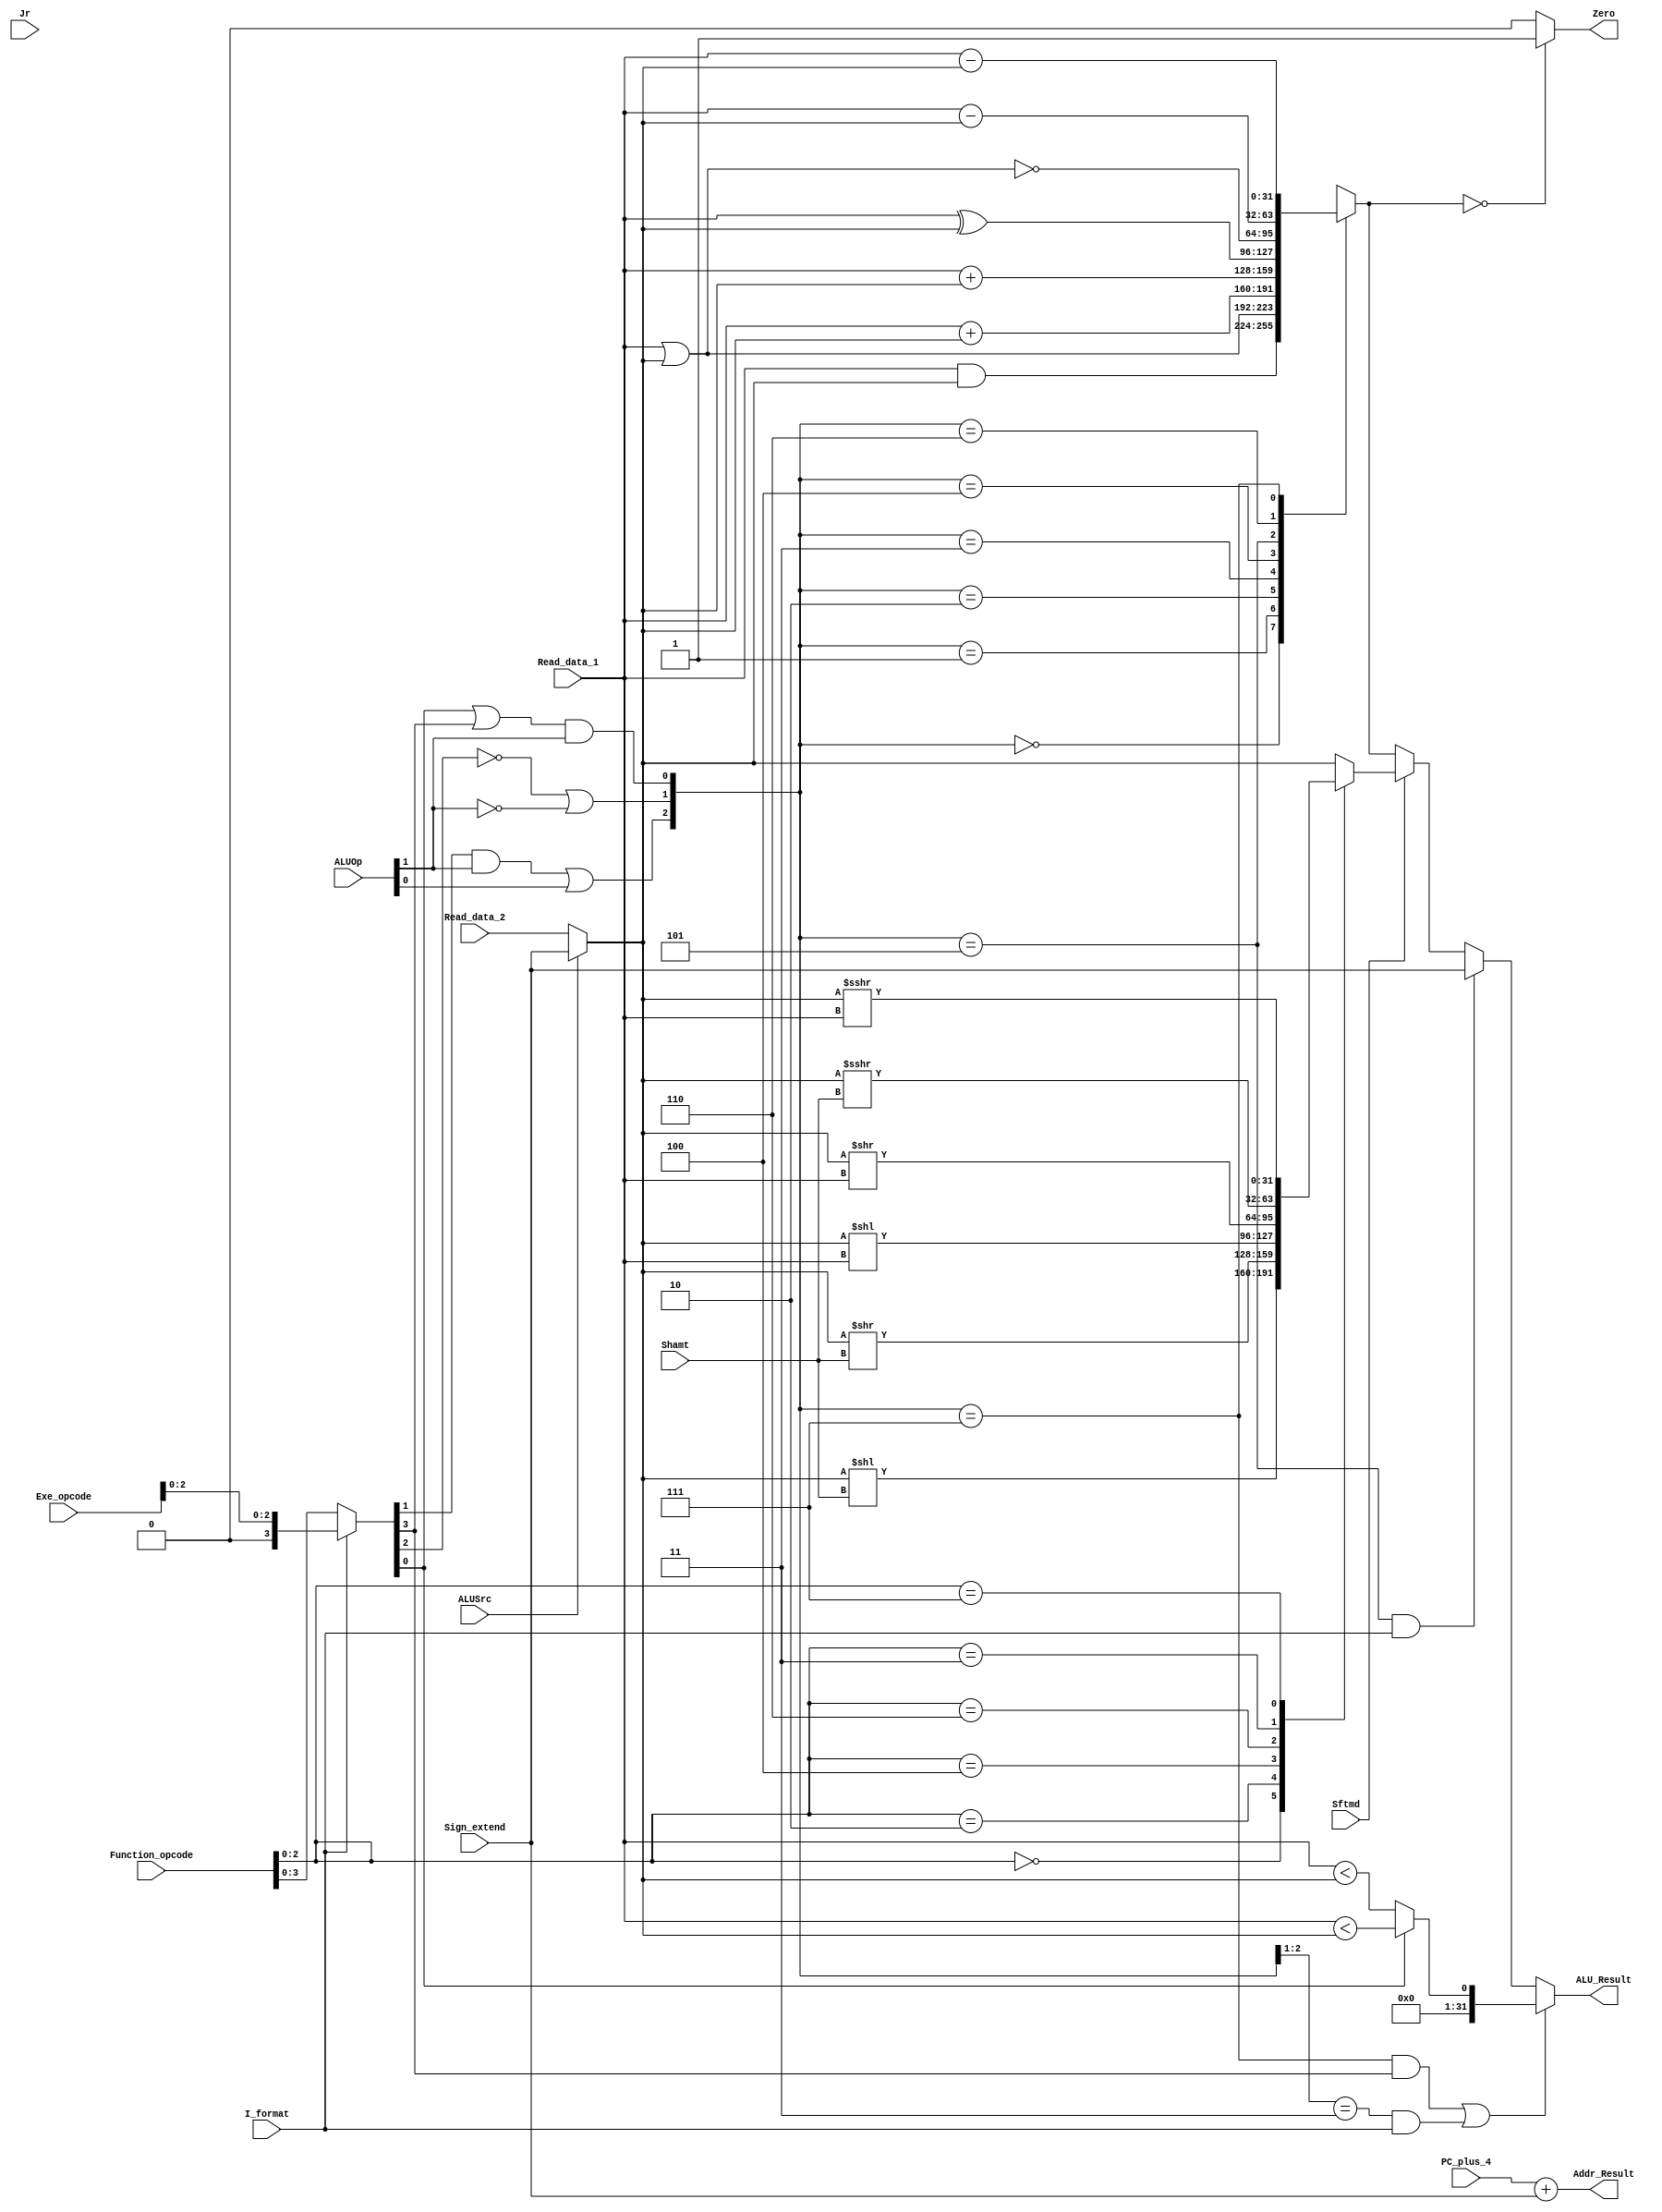
`timescale 1ns / 1ps

module executs32(Read_data_1,Read_data_2,Sign_extend,Function_opcode,Exe_opcode,ALUOp,
                 Shamt,ALUSrc,I_format,Zero,Jr,Sftmd,ALU_Result,Addr_Result,PC_plus_4
                 );
    input[31:0]  Read_data_1;		// Read_data_1
    input[31:0]  Read_data_2;		// Read_data_2
    input[31:0]  Sign_extend;		// 
    input[5:0]   Function_opcode;  	// r-,r-form instructions[5:0]
    input[5:0]   Exe_opcode;  		// 
    input[1:0]   ALUOp;             // 
    input[4:0]   Shamt;             // instruction[10:6]
    input  		 Sftmd;            // 
    input        ALUSrc;            // beqbne
    input        I_format;          // beq, bne, LW, SWI-
    input        Jr;               // JR
    output       Zero;              // 10 
    output[31:0] ALU_Result;        // 
    output[31:0] Addr_Result;		//         
    input[31:0]  PC_plus_4;         // PC+4

    wire[31:0] Ainput, Binput;
    wire[3:0] Exe_code;
    wire[2:0] ALU_ctl;
    wire[2:0] Sftm;
    reg[31:0] Shift_Result;
    reg[31:0] ALU_output_mux;
    wire[32:0] Branch_Addr;
    reg[31:0] ALU_FinalResult;

    assign Zero = (ALU_output_mux == 32'h0000_0000) ? 1'b1 : 1'b0;
    assign ALU_Result = ALU_FinalResult;
    assign Addr_Result = Branch_Addr[31:0];

    // assign Branch_Addr = PC_plus_4 + (Sign_extend << 2);
    //  beq,bne  decode 
    assign Branch_Addr = PC_plus_4 + Sign_extend;

    assign Ainput = Read_data_1;
    assign Binput = ALUSrc ? Sign_extend : Read_data_2;

    assign Exe_code = I_format ? {1'b0, Exe_opcode[2:0]}: Function_opcode[3:0];
    assign ALU_ctl[0] = (Exe_code[0] | Exe_code[3]) & ALUOp[1];
    assign ALU_ctl[1] = ((!Exe_code[2]) | (!ALUOp[1]));
    assign ALU_ctl[2] = (Exe_code[1] & ALUOp[1]) | ALUOp[0];

    assign Sftm = Function_opcode[2:0];

    always @(ALU_ctl or Ainput or Binput) begin
        case (ALU_ctl)
            3'b000: ALU_output_mux = Ainput & Binput;
            3'b001: ALU_output_mux = Ainput | Binput;
            3'b010: ALU_output_mux = $signed(Ainput) + $signed(Binput);
            3'b011: ALU_output_mux = Ainput + Binput;
            3'b100: ALU_output_mux = Ainput ^ Binput;
            3'b101: ALU_output_mux = ~(Ainput | Binput);
            3'b110: ALU_output_mux = $signed(Ainput) - $signed(Binput);
            3'b111: ALU_output_mux = Ainput - Binput;
            default: ALU_output_mux = 32'h0000_0000;
        endcase
    end

    always @(*) begin
        if (Sftmd) begin
            case(Sftm)
                3'b000: Shift_Result = Binput << Shamt;                    //Sll rd,rt,shamt 00000
                3'b010: Shift_Result = Binput >> Shamt;                    //Srl rd,rt,shamt 00010
                3'b100: Shift_Result = Binput << Ainput;                   //Sllv rd,rt,rs 00010
                3'b110: Shift_Result = Binput >> Ainput;                   //Srlv rd,rt,rs 00110
                3'b011: Shift_Result = $signed(Binput) >>> Shamt;          //Sra rd,rt,shamt 00011
                3'b111: Shift_Result = $signed(Binput) >>> Ainput;         //Srav rd,rt,rs 00111
                default: Shift_Result = Binput;
            endcase
        end
        else begin
            Shift_Result = Binput;
        end
    end

    always @(*) begin
        // slt, slti, sltu, sltiu
        if ((ALU_ctl == 3'b111 && Exe_code[3] == 1) || (ALU_ctl[2:1] == 2'b11 && I_format == 1'b1)) begin
            // ALU_FinalResult = (Ainput - Binput < 0) ? 1 : 0;
            ALU_FinalResult = Exe_code[0] == 1 ? Ainput < Binput : $signed(Ainput) < $signed(Binput);
        end
        // lui
        else if (ALU_ctl == 3'b101 && I_format == 1'b1) begin
            // ALU_FinalResult = {Sign_extend[15:0], 16'h0000};
            ALU_FinalResult = Sign_extend[31:0];
        end
        // shift
        else if (Sftmd) begin
            ALU_FinalResult = Shift_Result;
        end
        else begin
            ALU_FinalResult = ALU_output_mux;
        end
    end

endmodule